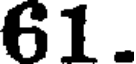
61.